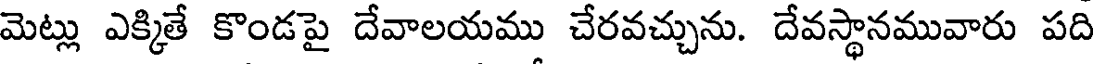
మెట్లు ఎక్కితే కొండపై దేవాలయము చేరవచ్చును. దేవస్థానమువారు పది